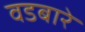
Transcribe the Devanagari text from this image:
वडबारे